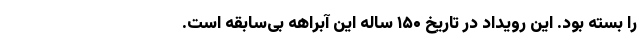
را بسته بود. این رویداد در تاریخ ۱۵۰ ساله این آبراهه بی‌سابقه است.